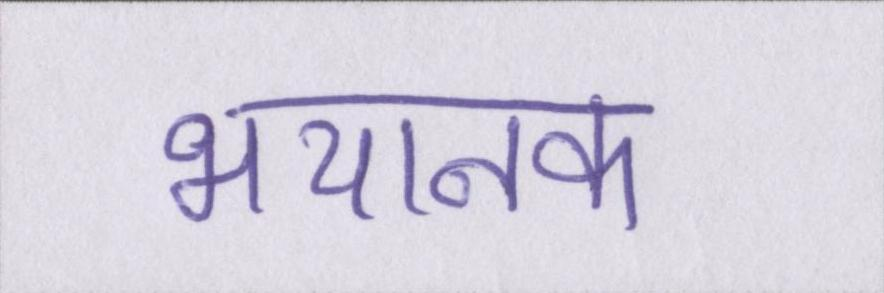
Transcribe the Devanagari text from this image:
भयानक